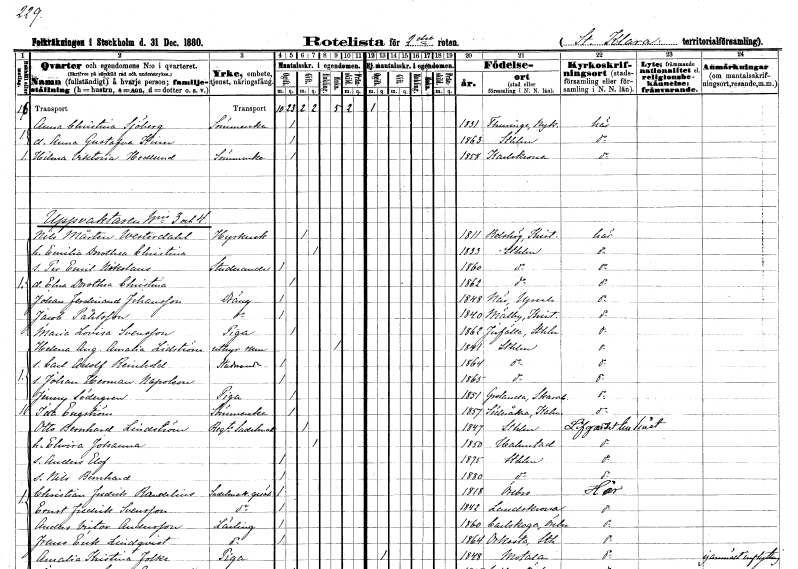
gt_parse: households: individuals: FN: Anna Christina
EN: Sjöberg
YRKE: Sömmerska
KON: K
CIV: O
FODAR: 1831
FODFORS: Turinge Stockholms län
FN: Anna Gustafva Kissar
KON: K
CIV: O
FODAR: 1863
FODFORS: Stockholm
FN: Hilma Viktoria
EN: Hedlund
YRKE: Sömmerska
KON: K
CIV: O
FODAR: 1858
FODFORS: Karlskrona Blekinge län
FN: Nils Mårten
EN: Westerdahl
YRKE: Hyrkusk
KON: M
CIV: G
FODAR: 1811
FODFORS: Bolshög Kristianstads län
FN: Emilia Dorothea Christina
KON: K
CIV: G
FODAR: 1833
FODFORS: Stockholm
FN: Per Emil Nikolaus
YRKE: Studerande
KON: M
CIV: O
FODAR: 1860
FODFORS: Stockholm
FN: Elna Dorothea Christina
KON: K
CIV: O
FODAR: 1862
FODFORS: Stockholm
FN: Johan Ferdinand
EN: Johansson
YRKE: Dräng
KON: M
CIV: O
FODAR: 1848
FODFORS: Näs Uppsala län
FN: Jacob
EN: Påhlsson
YRKE: Dräng
KON: M
CIV: O
FODAR: 1840
FODFORS: Mälby Kristianstads län
FN: Maria Lovisa
EN: Svensson
YRKE: Piga
KON: K
CIV: O
FODAR: 1862
FODFORS: Järfälla Stockholms län
FN: Helena Augusta Amalia
EN: Lidström
YRKE: Rumsuthyrare
KON: K
CIV: E
FODAR: 1841
FODFORS: Stockholm
FN: Carl Adolf Reinhold
YRKE: Studerande
KON: M
CIV: O
FODAR: 1864
FODFORS: Stockholm
FN: Johan Herman Napoleon
KON: M
CIV: O
FODAR: 1865
FODFORS: Stockholm
FN: Jenny
EN: Södergren
YRKE: Piga
KON: K
CIV: O
FODAR: 1851
FODFORS: Grolanda Skaraborgs län
FN: Ida
EN: Engström
YRKE: Sömmerska
KON: K
CIV: O
FODAR: 1857
FODFORS: Söderåkra Kalmar län